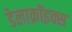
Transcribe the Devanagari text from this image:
डेलाक्रॉइक्स